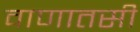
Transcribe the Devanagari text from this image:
वाणातसी